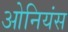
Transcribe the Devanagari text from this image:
ओनियंस